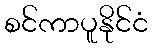
စင်ကာပူနိုင်ငံ